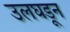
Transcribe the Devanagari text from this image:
उलघडून